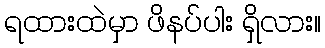
ရထားထဲမှာ ဖိနပ်ပါး ရှိလား။